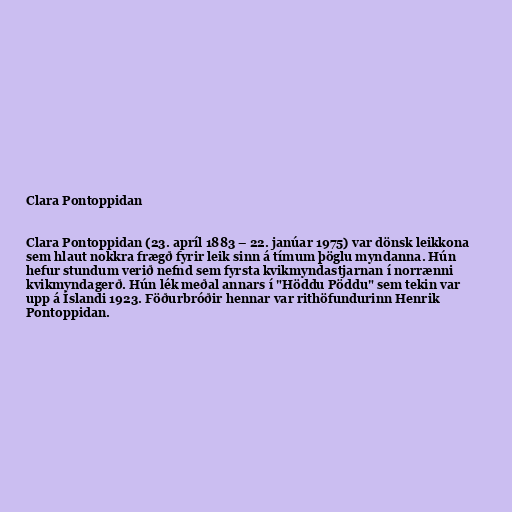
Clara Pontoppidan

Clara Pontoppidan (23. apríl 1883 – 22. janúar 1975) var dönsk leikkona
sem hlaut nokkra frægð fyrir leik sinn á tímum þöglu myndanna. Hún
hefur stundum verið nefnd sem fyrsta kvikmyndastjarnan í norrænni
kvikmyndagerð. Hún lék meðal annars í "Höddu Pöddu" sem tekin var
upp á Íslandi 1923. Föðurbróðir hennar var rithöfundurinn Henrik
Pontoppidan.